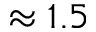
\approx 1 . 5